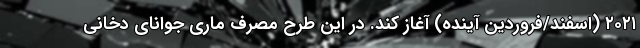
۲۰۲۱ (اسفند/فروردین آینده) آغاز کند. در این طرح مصرف ماری جوانای دخانی